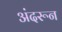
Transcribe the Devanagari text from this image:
अंदरून